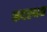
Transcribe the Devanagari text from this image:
कदरथन